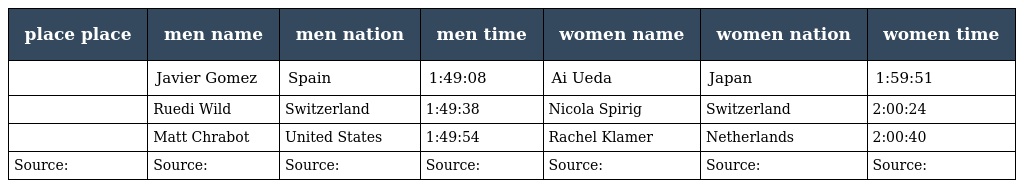
| place place | men name | men nation | men time | women name | women nation | women time |
 | --- | --- | --- | --- | --- | --- | --- |
 |  | Javier Gomez | Spain | 1:49:08 | Ai Ueda | Japan | 1:59:51 |
 |  | Ruedi Wild | Switzerland | 1:49:38 | Nicola Spirig | Switzerland | 2:00:24 |
 |  | Matt Chrabot | United States | 1:49:54 | Rachel Klamer | Netherlands | 2:00:40 |
 | Source: | Source: | Source: | Source: | Source: | Source: | Source: |